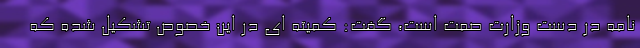
نامه در دست وزارت صمت است، گفت: کمیته ای در این خصوص تشکیل شده که